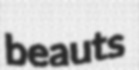
beauts